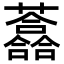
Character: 𧄮